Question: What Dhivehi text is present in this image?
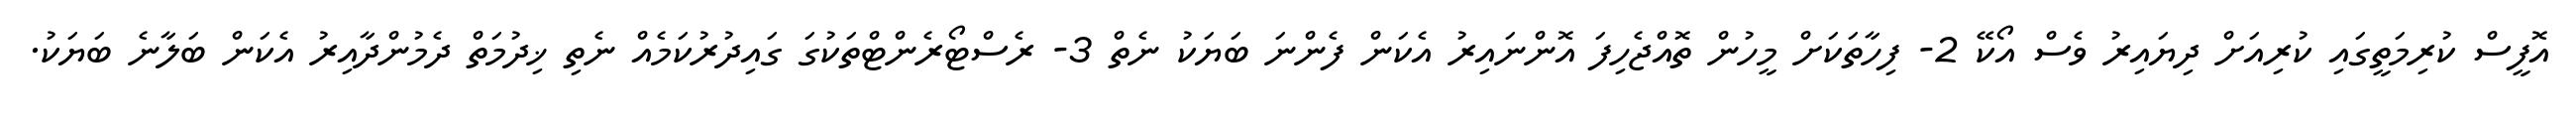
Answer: އޮފީސް ކުރިމަތީގައި ކުރިއަށް ދިޔައިރު ވެސް އޯކޭ 2- ފިހާތަކަށް މީހުން ތޮއްޖެހިފަ އޮންނައިރު އެކަން ފެންނަ ބަޔަކު ނެތް 3- ރެސްޓޯރެންޓްތަކުގަ ގައިދުރުކަމެއް ނެތި ޚިދުމަތް ދެމުންދާއިރު އެކަން ބަލާނެ ބަޔަކު.